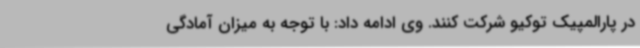
در پارالمپیک توکیو شرکت کنند. وی ادامه داد: با توجه به میزان آمادگی